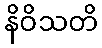
နိဝိသတိ